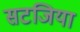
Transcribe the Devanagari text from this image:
सटजिया